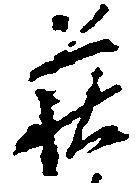
荻